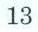
13